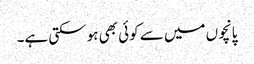
پانچوں میں سے کوئی بھی ہو سکتی ہے۔